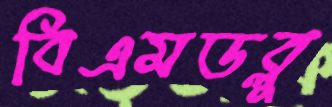
বিএমডব্লু